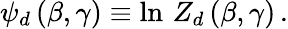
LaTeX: \psi_{d}\, (\beta,\gamma)\equiv\ln\, Z_{d}\, (\beta,\gamma)\, .